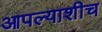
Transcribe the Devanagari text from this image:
आपल्याशीच